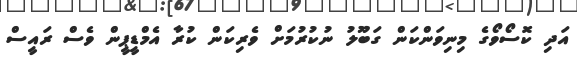
އަދި ކޮސޯވޯގެ މިނިވަންކަން ގަބޫލު ނުކުރުމަށް ވެރިކަން ކުރާ އެމްޑީޕީން ވެސް ރައީސް